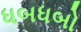
ધબધબો